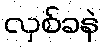
လှစ်ခနဲ